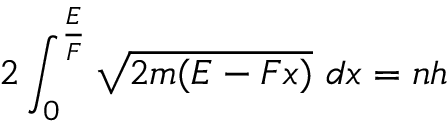
2 \int _ { 0 } ^ { \frac { E } { F } } { \sqrt { 2 m ( E - F x ) } } \ d x = n h